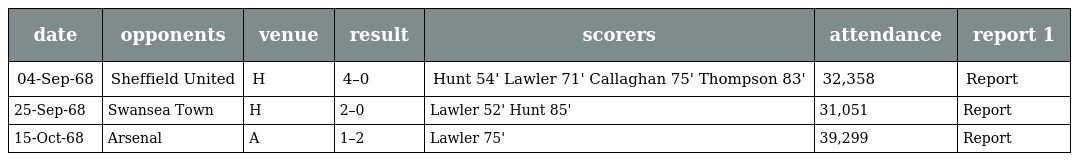
| date | opponents | venue | result | scorers | attendance | report 1 |
 | --- | --- | --- | --- | --- | --- | --- |
 | 04-Sep-68 | Sheffield United | H | 4–0 | Hunt 54' Lawler 71' Callaghan 75' Thompson 83' | 32,358 | Report |
 | 25-Sep-68 | Swansea Town | H | 2–0 | Lawler 52' Hunt 85' | 31,051 | Report |
 | 15-Oct-68 | Arsenal | A | 1–2 | Lawler 75' | 39,299 | Report |